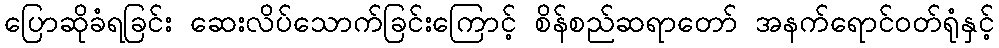
ပြောဆိုခံရခြင်း ဆေးလိပ်သောက်ခြင်းကြောင့် စိန်စည်ဆရာတော် အနက်ရောင်ဝတ်ရုံနှင့်